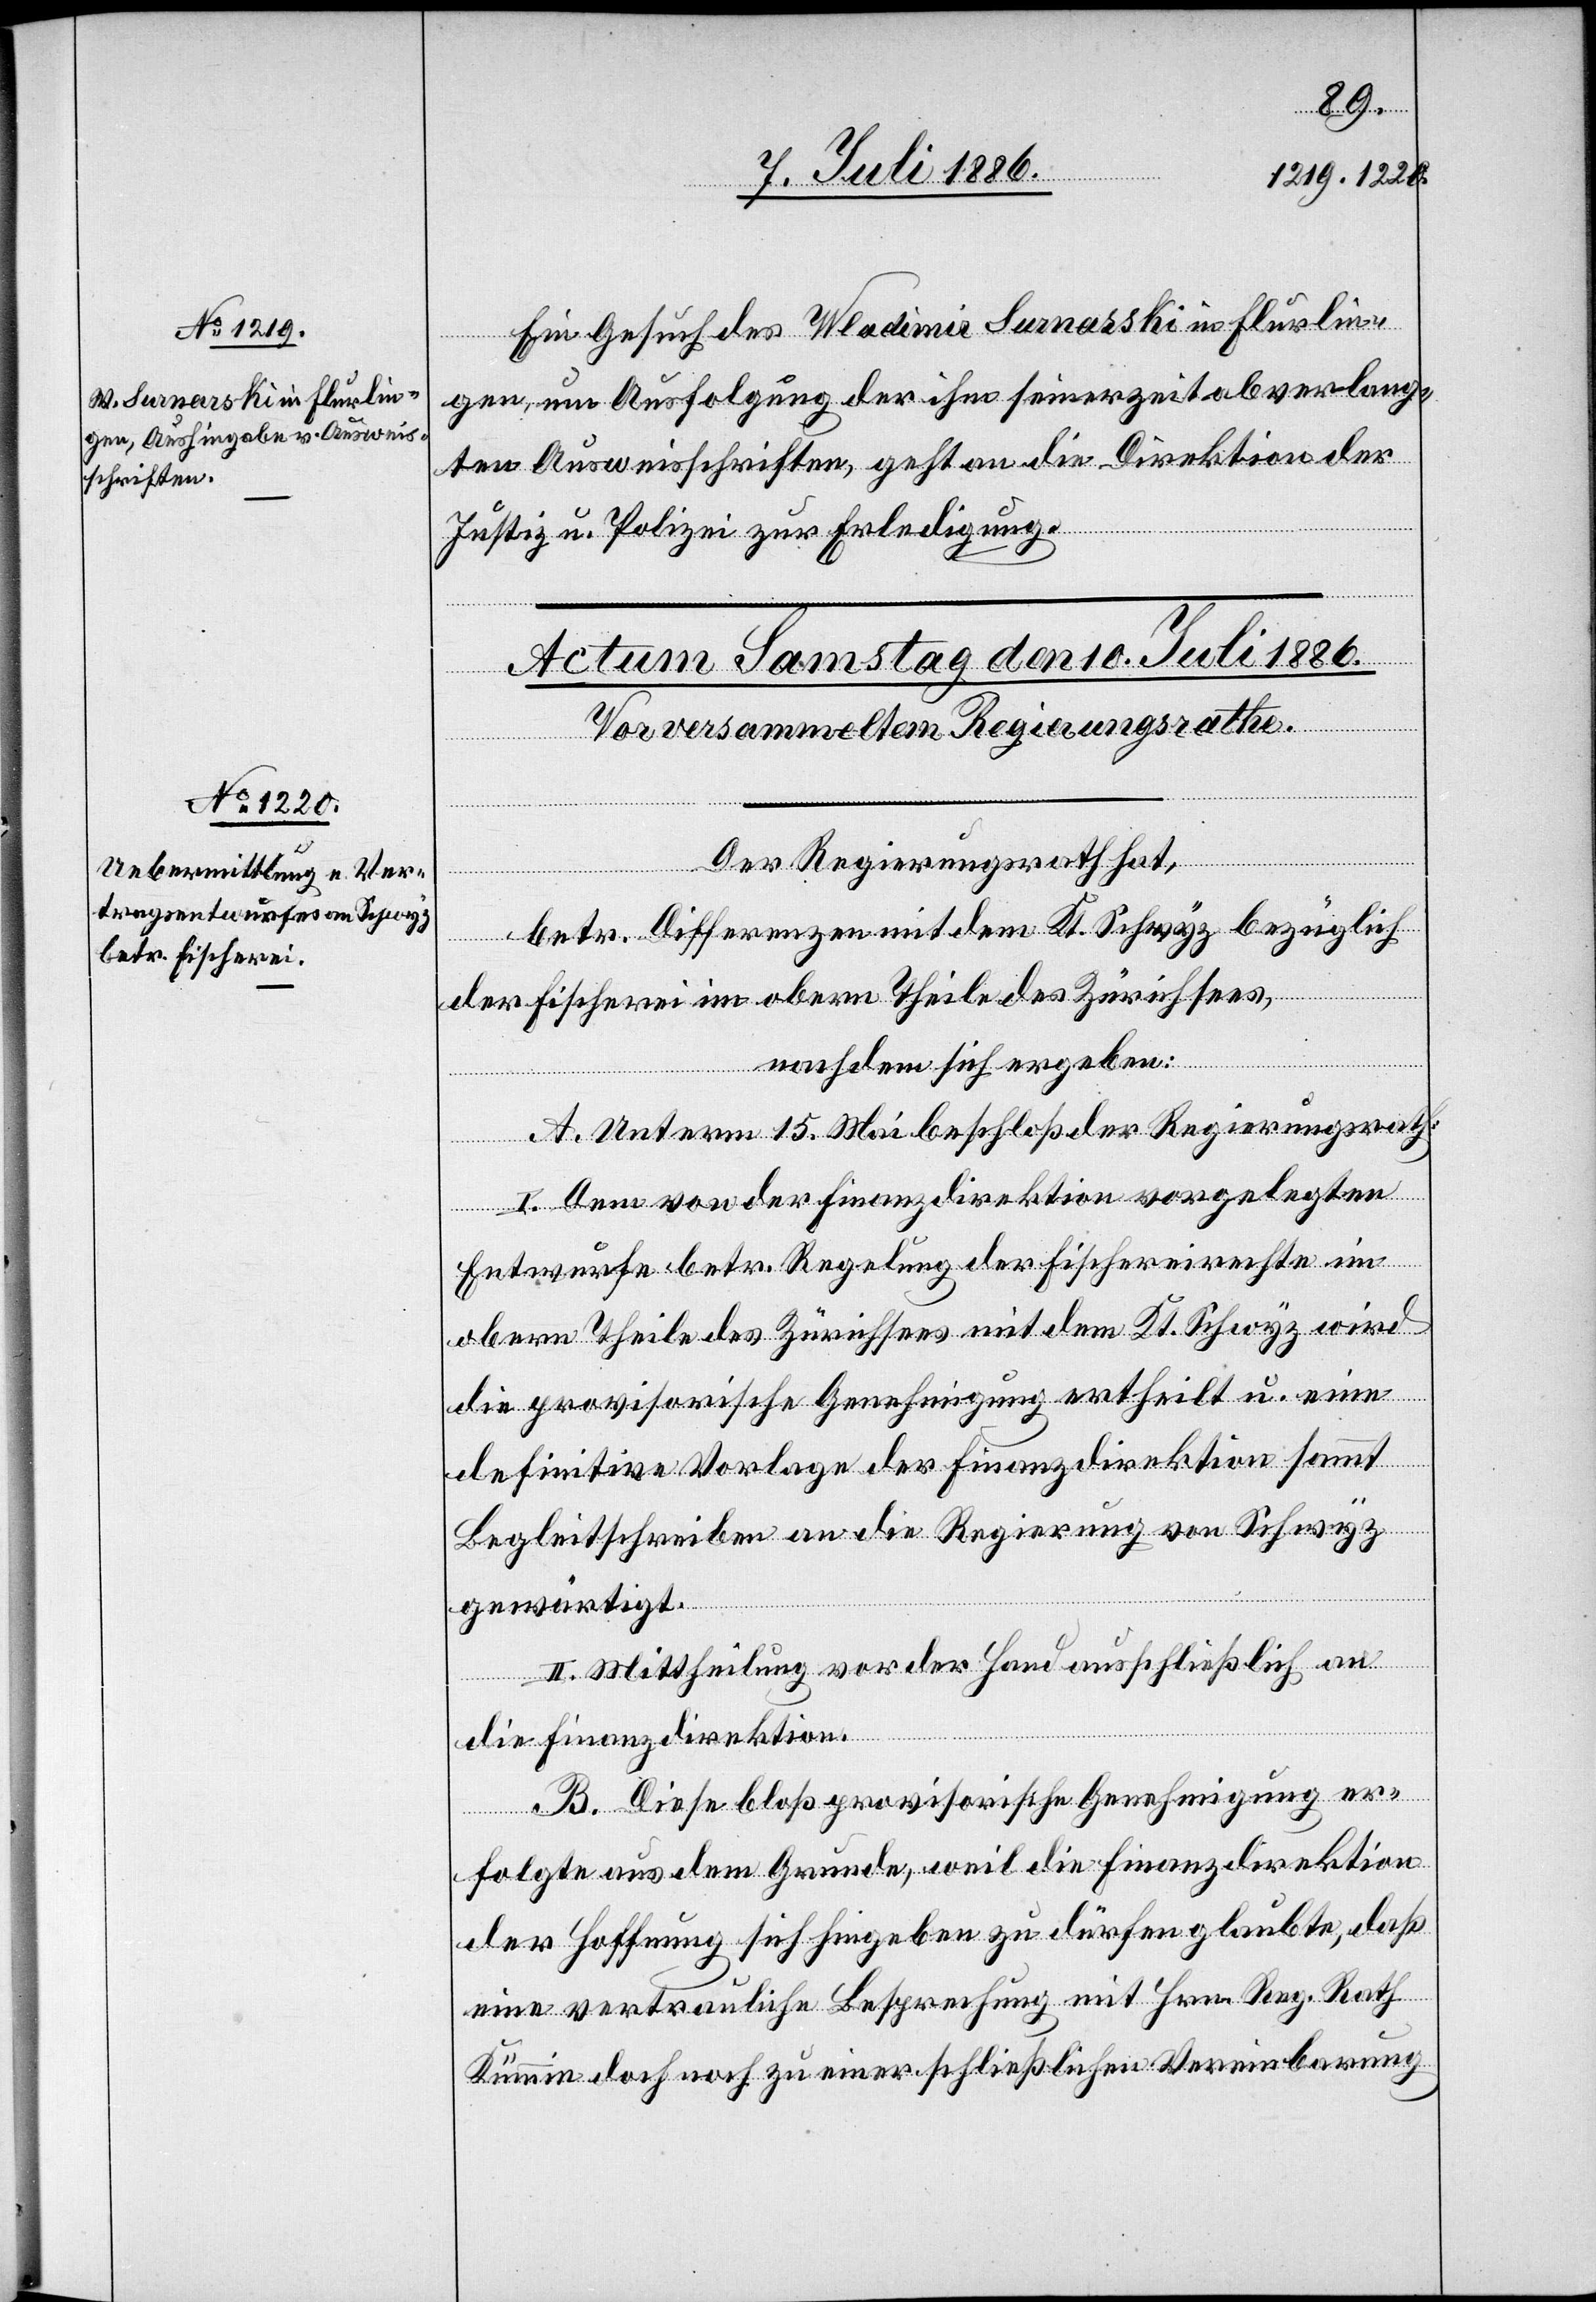
9. Juli 1886.]
Ein Gesuch des Wladimir Surnasski [sic!] in Flurlin¬
gen, um Ausfolgung der ihm seinerzeit abverlang¬
ten Ausweisschriften, geht an die Direktion der
Justiz u. Polizei zur Erledigung.
Der Regierungsrath hat,
betr. Differenzen mit dem Kt. Schwyz bezüglich
der Fischerei im obern Theile des Zürichsees,
nachdem sich ergeben:
A. Unterm 15. Mai beschloß der Regierungsrath:
I. Dem von der Finanzdirektion vorgelegten
Entwurfe betr. Regelung der Fischereirechte im
obern Theile des Zürichsees mit dem Kt. Schwyz wird
die provisorische Genehmigung ertheilt u. eine
definitive Vorlage der Finanzdirektion sammt
Begleitschreiben an die Regierung von Schwyz
gewärtigt.
II. Mittheilung vor der Hand ausschließlich an
die Finanzdirektion.
B. Diese bloß provisorische Genehmigung er¬
folgte aus dem Grunde, weil die Finanzdirektion
der Hoffnung sich hingeben zu dürfen glaubte, daß
eine vertrauliche Besprechung mit Hrn. Reg. Rath
Kümmin doch noch zu einer schließlichen Vereinbarung